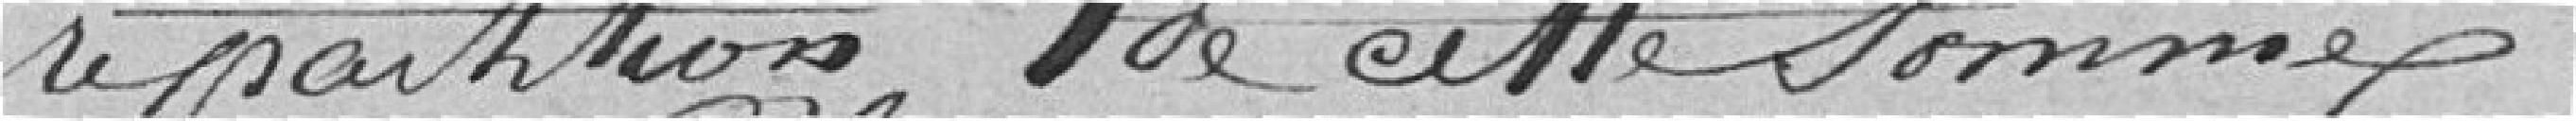
répartition de cette somme.